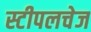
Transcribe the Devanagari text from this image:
स्टीपलचेज